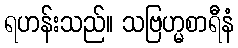
ရဟန်းသည်။ သဗြဟ္မစာရီနံ